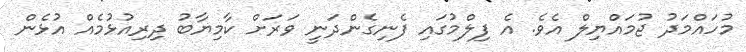
މުހައްމަދު ޖުމައްޔިލް އެވެ. އެ ފިލްމުގައި ފެނިގެންދަނީ ވަރަށް ކާމިޔާބު ދިރިއުޅުމެއް އުޅެން